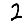
Digit: 2